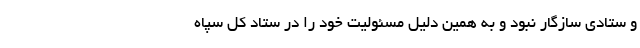
و ستادی سازگار نبود و به همین دلیل مسئولیت خود را در ستاد کل سپاه